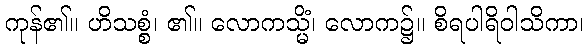
ကုန်၏။ ဟိသစ္စံ၊ ၏။ လောကသ္မိံ၊ လောက၌။ စိရပါရိဝါသိကာ၊